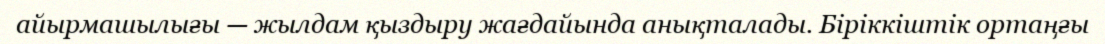
айырмашылығы — жылдам қыздыру жағдайында анықталады. Біріккіштік ортаңғы